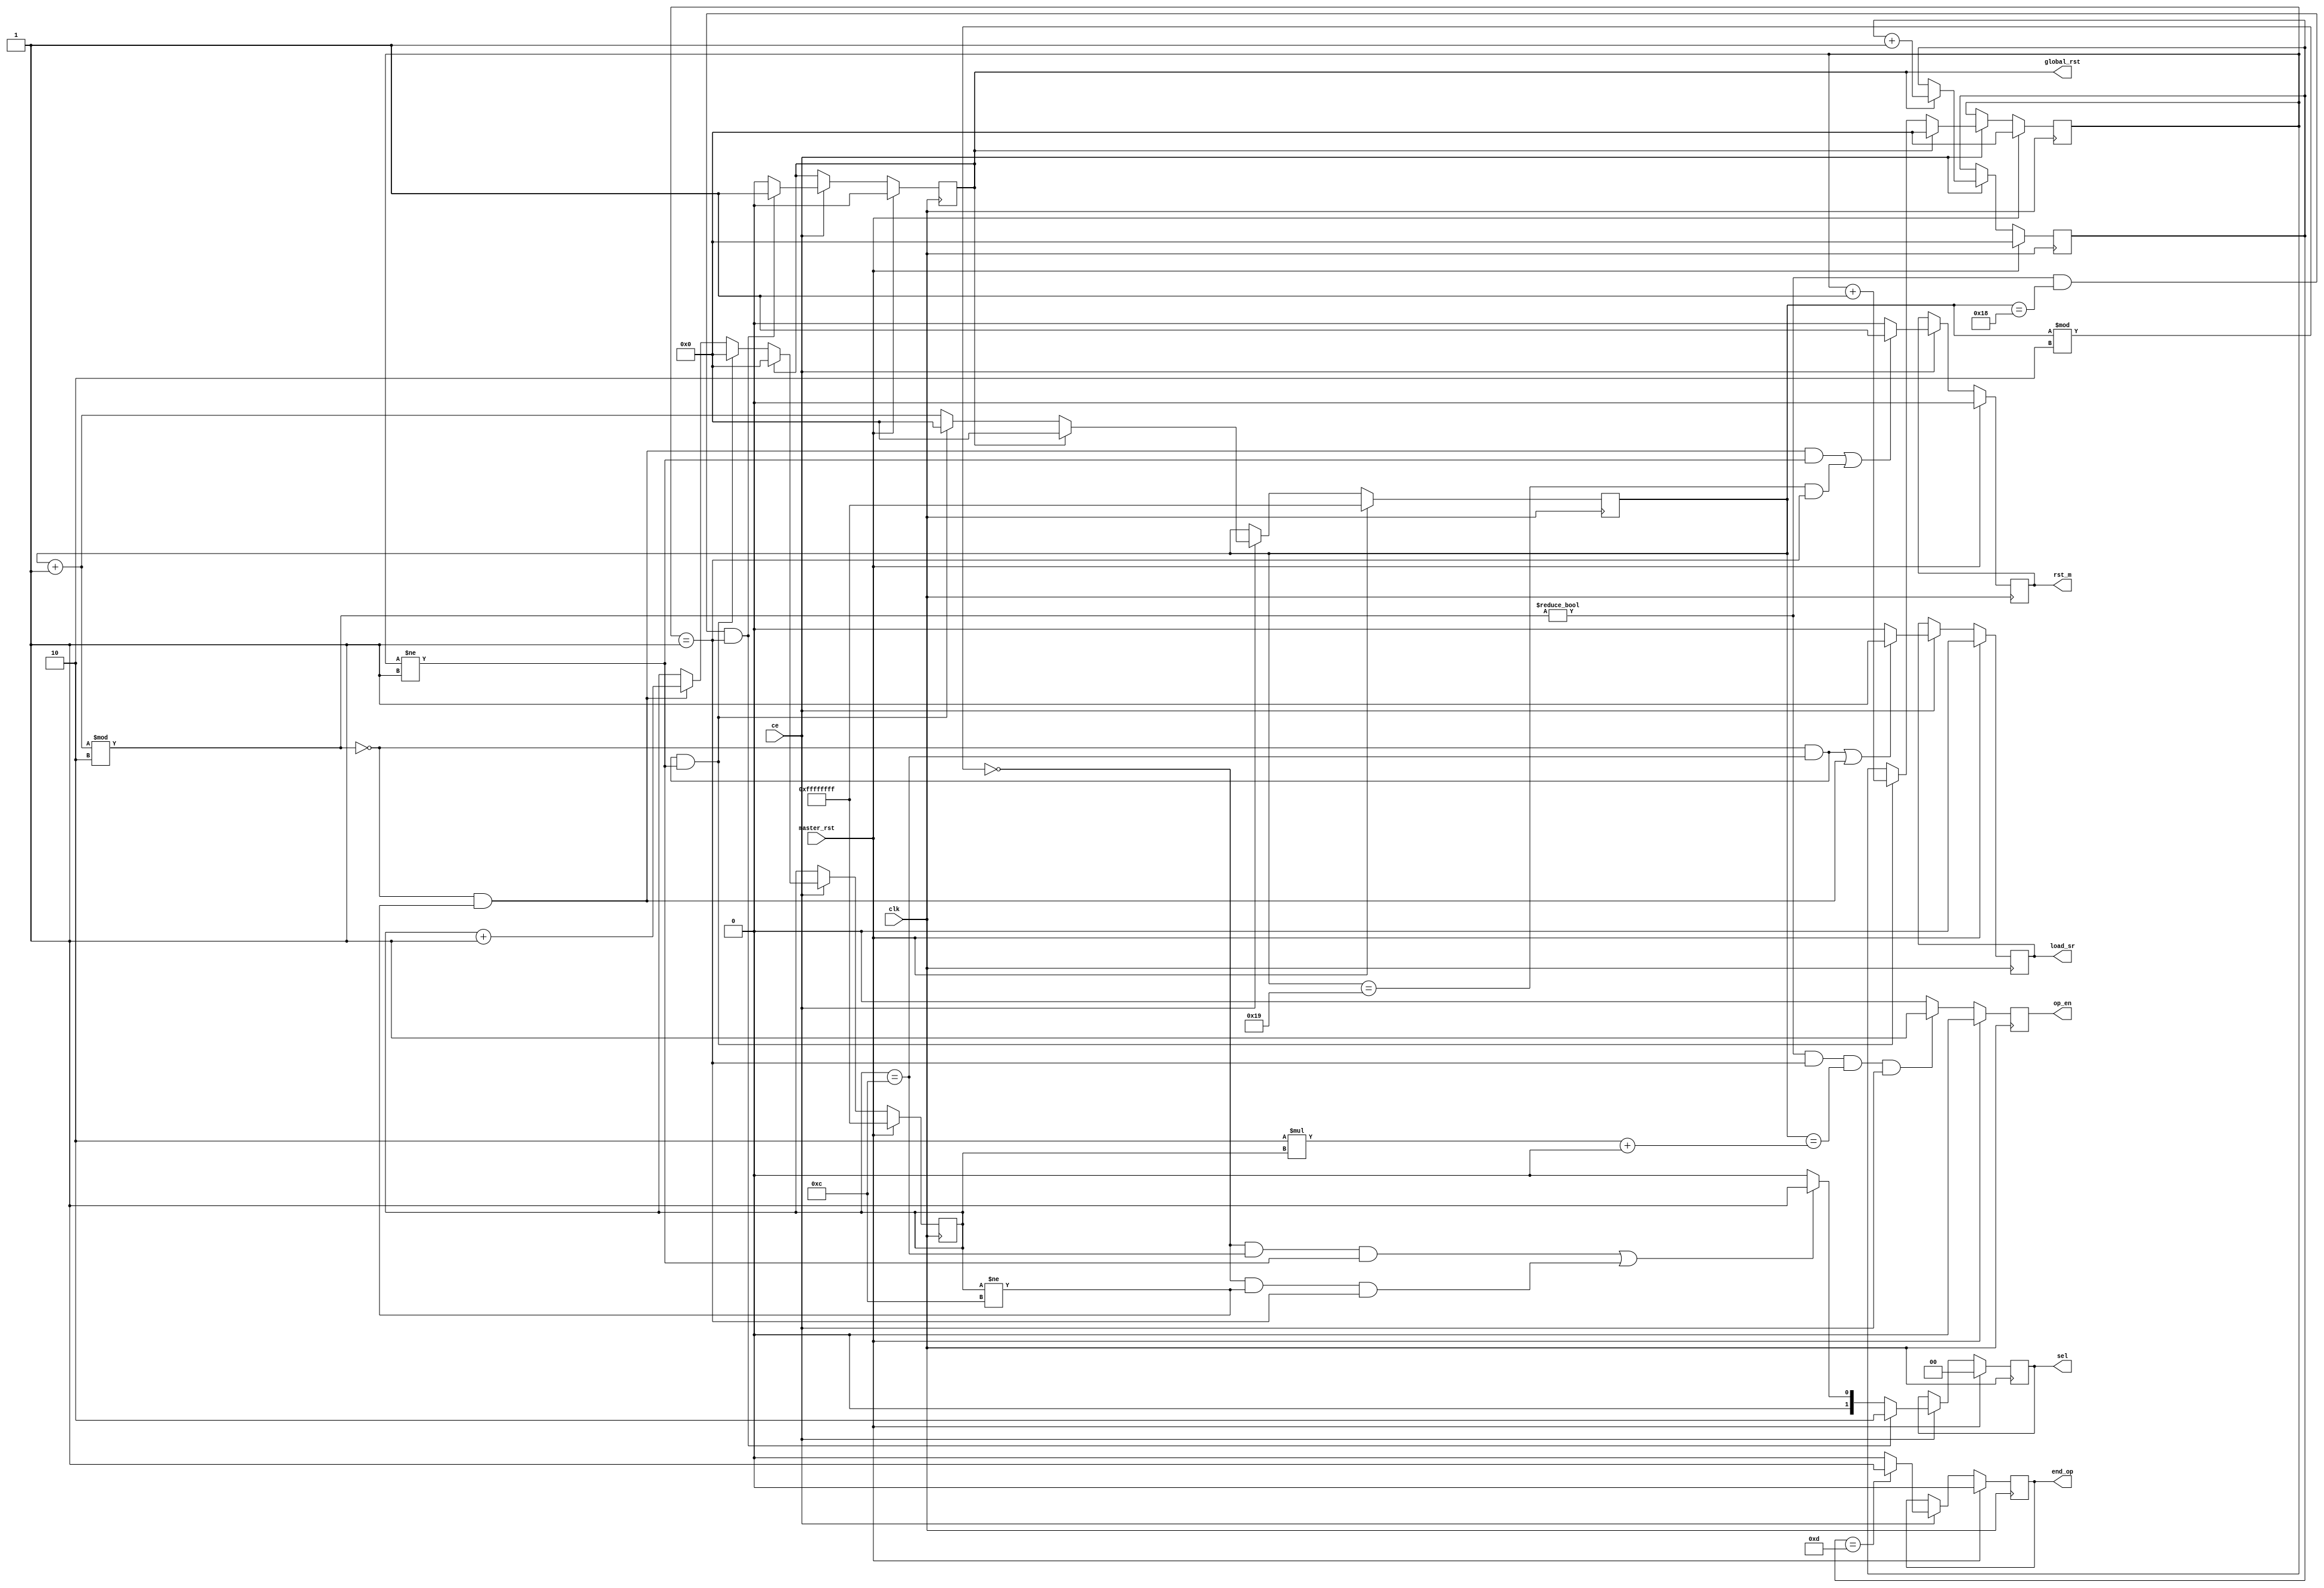
`timescale 1ns / 1ps
module control_logic2(
    input clk,
    input master_rst,
    input ce,
    output reg [1:0] sel,
    output reg rst_m,
    output reg op_en,
    output reg load_sr,
    output reg global_rst,
    output reg end_op
    );

    parameter m = 9'h01a;
    parameter p = 9'h002;
    integer row_count =0;
    integer col_count =0;
    integer count =0;
    integer nbgh_row_count;

    always@(posedge clk) begin 
        if(master_rst) begin
        sel <=0;
        load_sr <=0;
        rst_m <=0;
        op_en <=0;
        global_rst <=0;
        end_op <=0;
        end
        else begin
        if(((col_count+1)%p !=0)&&(row_count == p-1)&&(col_count == p*count + (p-2))&&ce)  
        begin     
        op_en <=1;
        end 
        else begin
        op_en <=0;
        end
            if(ce) 
            begin
                if(nbgh_row_count == m/p)   
                begin     
                    end_op <=1;
                end
                else 
                begin
                    end_op <=0;
                end

                if(((col_count+1) % p != 0)&&(col_count == m-2)&&(row_count == p-1))
                begin   
                    global_rst <= 1;                   
                end
                else 
                begin
                    global_rst <= 0;
                end  
                
                

                //end

                if((((col_count+1) % p == 0)&&(count != m/p-1)&&(row_count != p-1))||((col_count == m-1)&&(row_count == p-1)))     
                begin    
                  rst_m <= 1;              
                end  
                else 
                begin
                    rst_m <= 0;
                end   
                
                if(((col_count+1) % p != 0)&&(col_count == m-2)&&(row_count == p-1)) 
                begin
                    sel <= 2'b10;
                end
                else 
                begin
                    if((((col_count) % p == 0)&&(count == m/p-1)&&(row_count != p-1))|| (((col_count) % p == 0)&&(count != m/p-1)&&(row_count == p-1))) begin   
                        sel<=2'b01;
                    end 
                    else 
                    begin
                        sel <= 2'b00;
                    end
                end

                if((((col_count+1) % p == 0)&&((count == m/p-1)))||((col_count+1) % p == 0)&&((count != m/p-1)))
                begin     
                    load_sr <= 1;                             
                end 
                else 
                begin
                    load_sr <= 0;
                end
            end
        end 
    end 

    always@(posedge clk) begin           
        if(master_rst) begin
            row_count <=0;
            col_count <=32'hffffffff;
            count <=32'hffffffff;
            nbgh_row_count <=0;
        end
        else 
        begin
            if(ce) 
            begin
                if(global_rst)
                begin
                   row_count <=0;
                   col_count <=32'h0;
                   count <=32'h0;
                   nbgh_row_count <= nbgh_row_count + 1'b1; 
                end
                else
                begin
                    if(((col_count+1) % p == 0)&&(count == m/p-1)&&(row_count != p-1)) 
                    begin
                        col_count <= 0;
                        row_count <= row_count + 1'b1;
                        count <=0;
                    end
                    else 
                    begin
                        col_count<=col_count+1'b1;
                        if(((col_count+1) % p == 0)&&(count != m/p-1)) 
                        begin
                            count <= count+ 1'b1;
                        end 
                    end
                end
            end
        end  
    end 
    endmodule